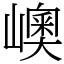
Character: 㠗